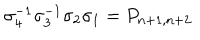
\sigma _ { 4 } ^ { - 1 } \sigma _ { 3 } ^ { - 1 } \sigma _ { 2 } \sigma _ { 1 } = P _ { n + 1 , n + 2 }